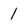
Character: 1